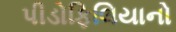
પીડોફિલિયાનો